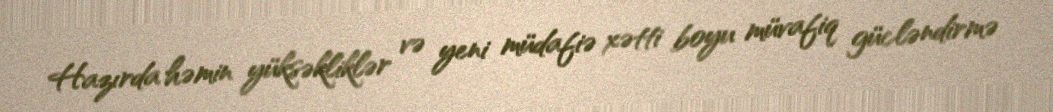
Hazırda həmin yüksəkliklər və yeni müdafiə xətti boyu müvafiq gücləndirmə